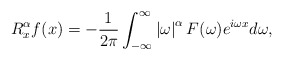
\begin{align*}R_{x}^{\alpha}f(x)=-\frac{1}{2\pi}\int_{-\infty}^{\infty}\left\vert\omega\right\vert ^{\alpha}F(\omega)e^{i\omega x}d\omega,\end{align*}